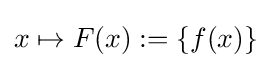
x\mapsto F(x):=\{f(x)\}